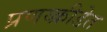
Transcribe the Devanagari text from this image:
प्रणय्क्रीडेत